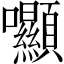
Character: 𡆘